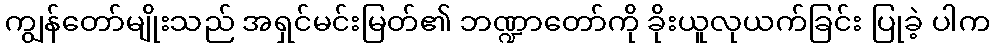
ကျွန်တော်မျိုးသည် အရှင်မင်းမြတ်၏ ဘဏ္ဍာတော်ကို ခိုးယူလုယက်ခြင်း ပြုခဲ့ ပါက